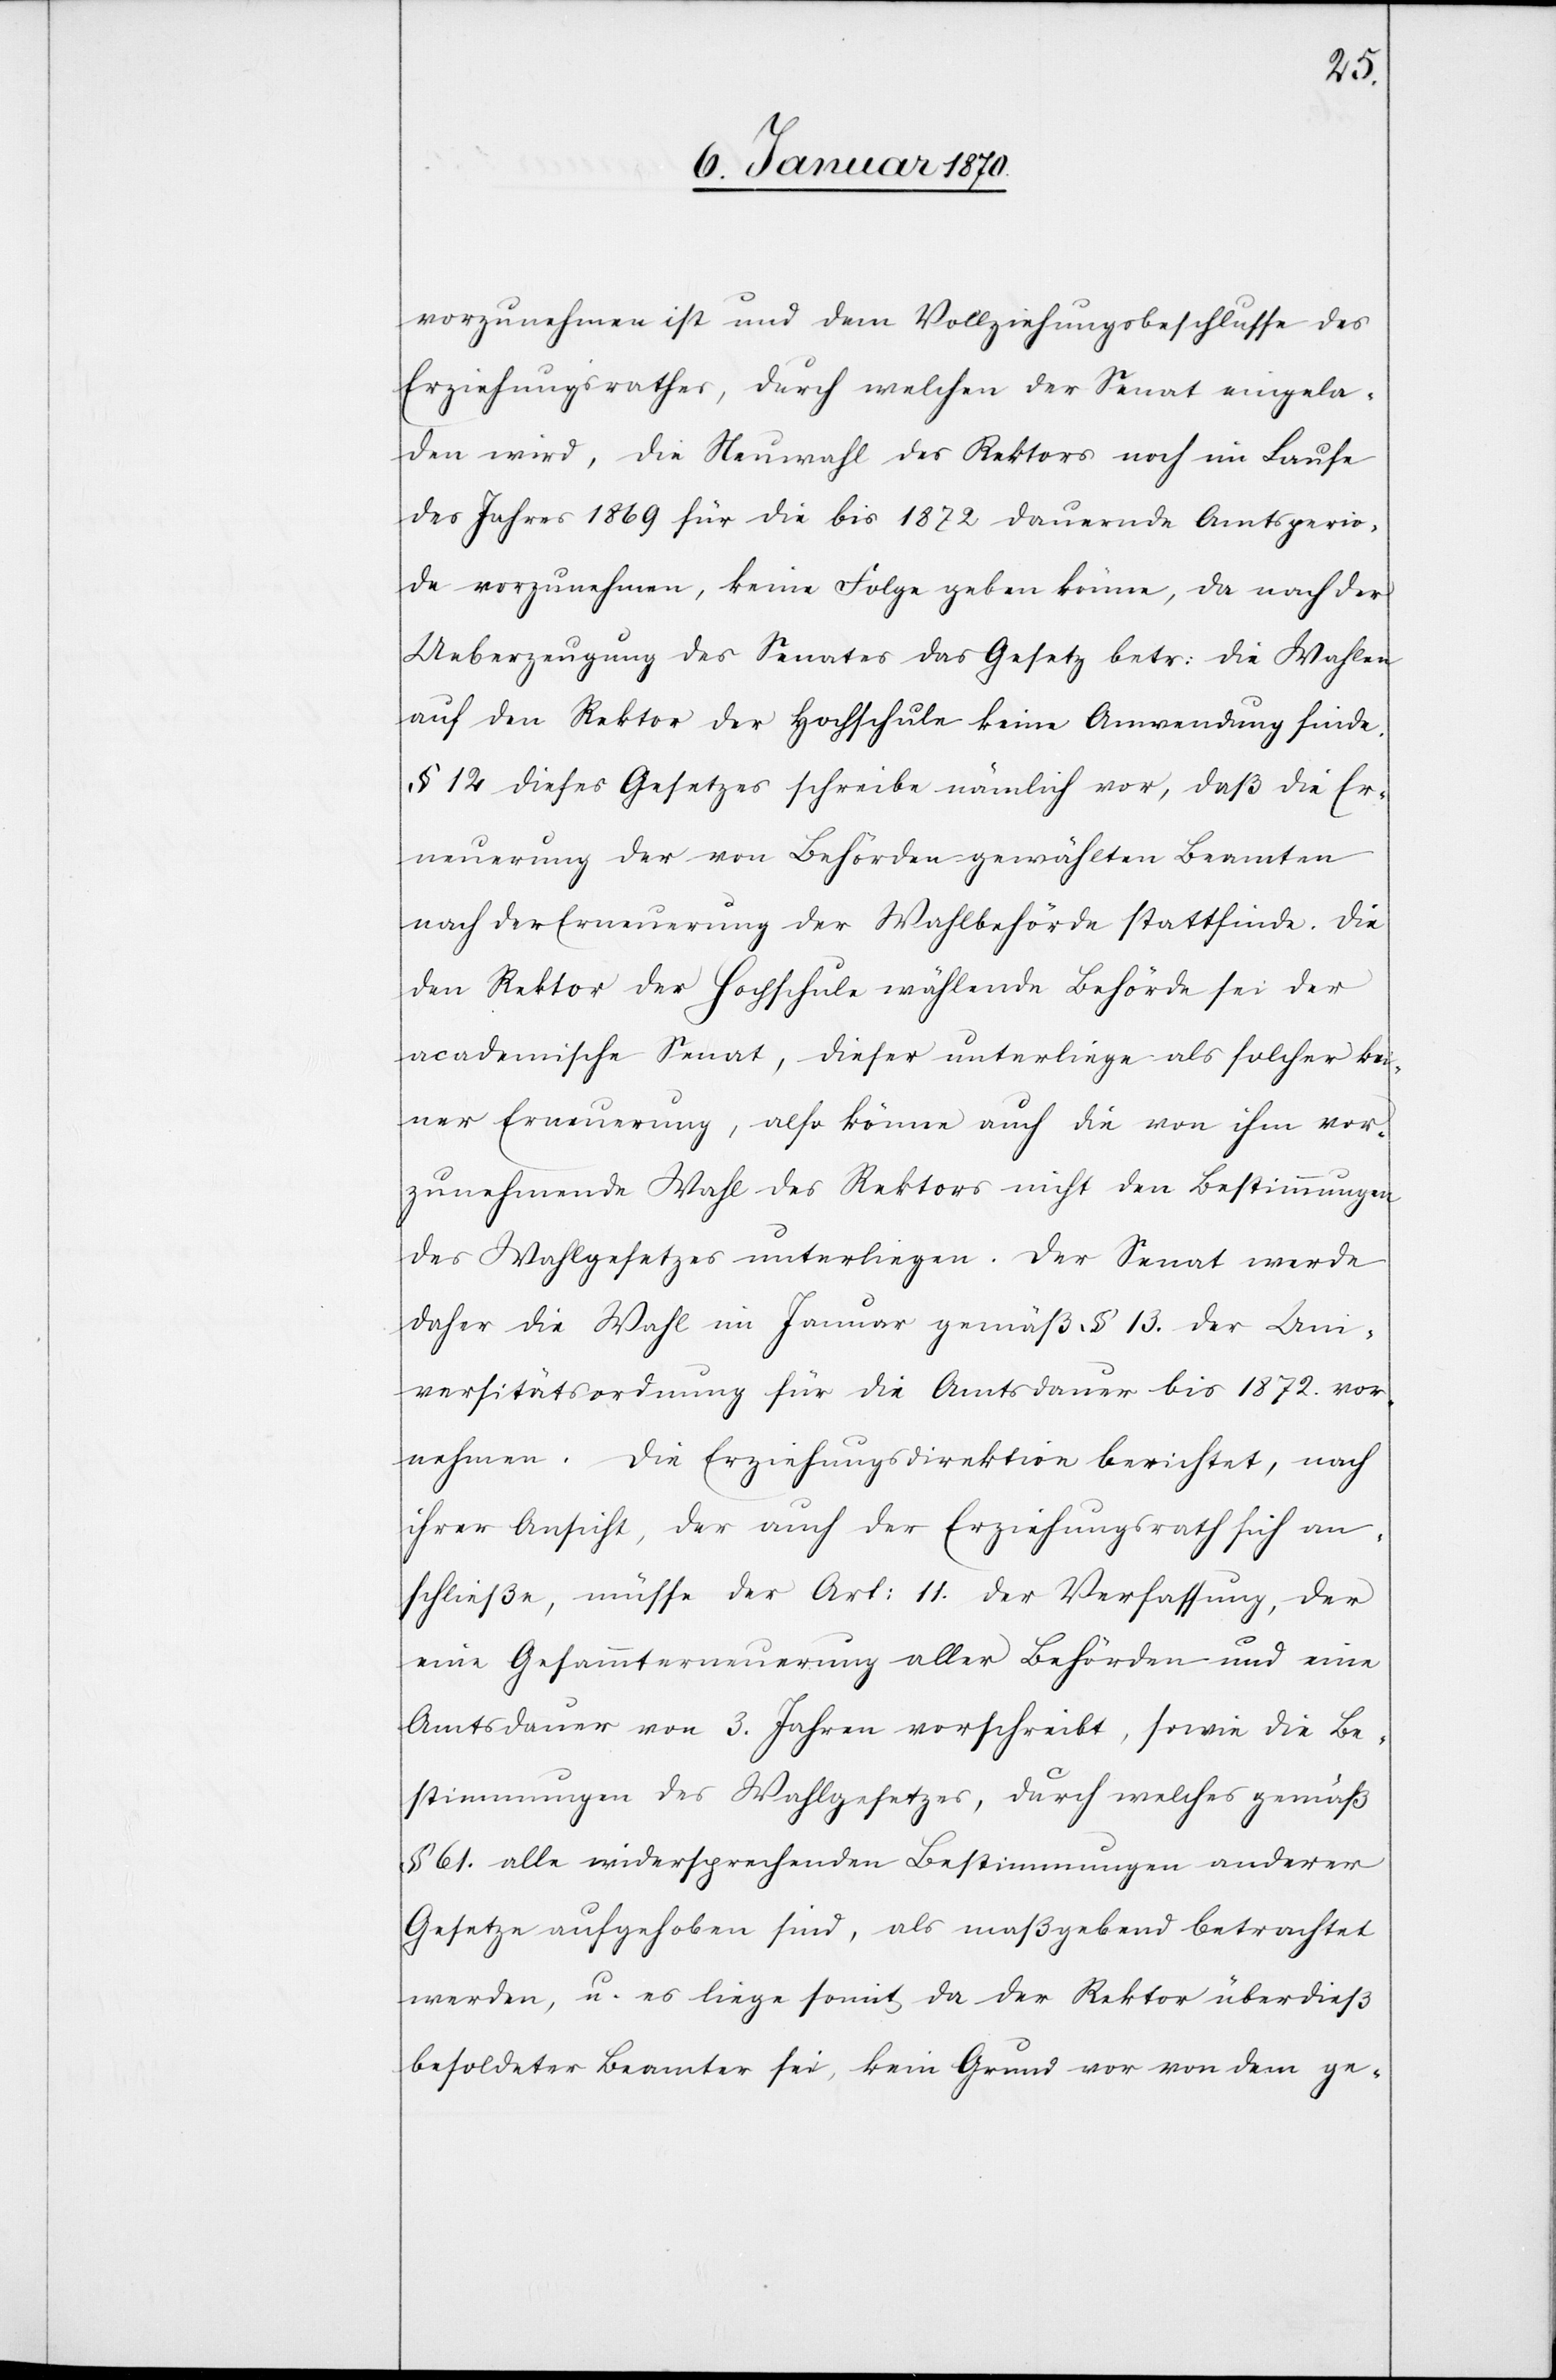
vorzunehmen ist und dem Vollziehungsbeschlusse des
Erziehungsrathes, durch welchen der Senat eingela¬
den wird, die Neuwahl des Rektors noch im Laufe
des Jahres 1869 für die bis 1872 dauernde Amtsperio¬
de vorzunehmen, keine Folge geben könne, da nach der
Ueberzeugung des Senates das Gesetz betr: die Wahlen
auf den Rektor der Hochschule keine Anwendung finde.
§ 12 dieses Gesetzes schreibe nämlich vor, daß die Er¬
neuerung der von Behörden gewählten Beamten
nach der Erneuerung der Wahlbehörde stattfinde. Die
den Rektor der Hochschule wählende Behörde sei der
academische Senat, dieser unterliege als solcher kei¬
ner Erneuerung, also könne auch die von ihm vor¬
zunehmende Wahl des Rektors nicht den Bestimmungen
des Wahlgesetzes unterliegen. Der Senat werde
daher die Wahl im Januar gemäß § 13. der Uni¬
versitätsordnung für die Amtsdauer bis 1872. vor¬
nehmen. Die Erziehungsdirektion berichtet, nach
ihrer Ansicht, der auch der Erziehungsrath sich an¬
schließe, müsse der Art: 11. der Verfassung, der
eine Gesammterneuerung aller Behörden und eine
Amtsdauer von 3. Jahren vorschreibt, sowie die Be¬
stimmungen des Wahlgesetzes, durch welches gemäß
§ 61. alle widersprechenden Bestimmungen anderer
Gesetze aufgehoben sind, als maßgebend betrachtet
werden, u. es liege somit da der Rektor überdieß
besoldeter Beamter sei, kein Grund vor von dem ge-